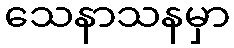
သေနာသနမှာ